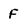
Character: F